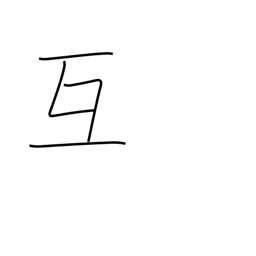
Meaning: mutually